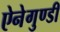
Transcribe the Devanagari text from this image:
ऐनेगुण्डी